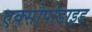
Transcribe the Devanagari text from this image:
एक्सोपोडाइड